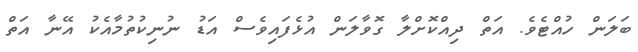
ބަލަން ހުއްޓެވެ. އަތް ދިއްކޮށްލާ ގޮވާލަން އުޅެފައިވެސް އަޑު ނުނިކުތުމާއެކު އޭނާ އަތް